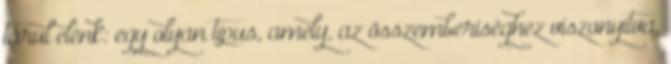
tárul elénk: egy olyan típus, amely, az összemberiséghez viszonyítva,